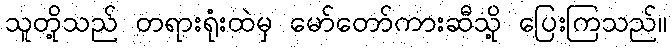
သူတို့သည် တရားရုံးထဲမှ မော်တော်ကားဆီသို့ ပြေးကြသည်။